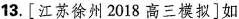
13.[江苏徐州2018高三模拟]如